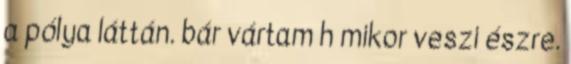
a pólya láttán. bár vártam h mikor veszi észre.